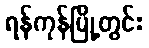
ရန်ကုန်မြို့တွင်း